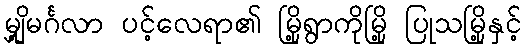
မျှို့မင်္ဂလာ ပင့်လေရာ၏ မြို့ရွာကိုမြို့ ပြုသမြို့နှင့်